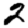
Digit: 2